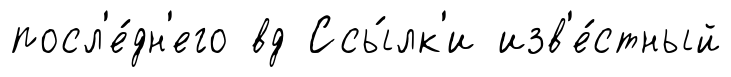
посл'е́дн'его вд Ссы́лк'и изв'е́стный